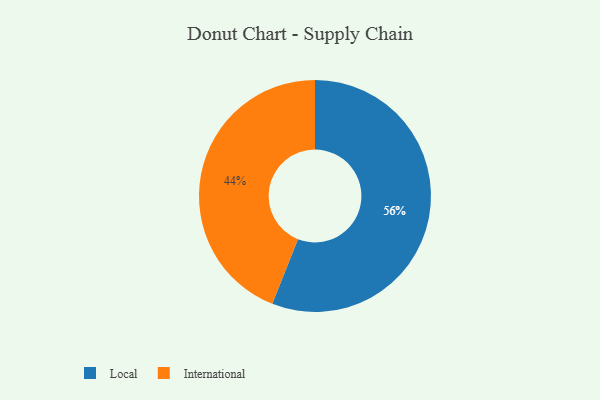
{"axis": {"x": "Category", "y": "Percentage"}, "legend": ["International", "Local"], "data": [{"x": "International", "y": 44, "type": "International"}, {"x": "Local", "y": 56, "type": "Local"}]}